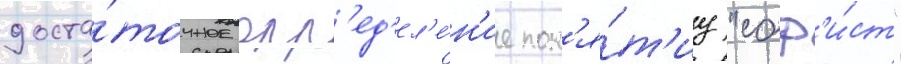
доста́точное опр'ед'ел'е́н'ие пон'я́т'иу "соф'и́ст"